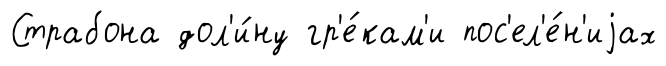
Страбона дол'и́ну гр'е́кам'и пос'ел'е́н'иjах